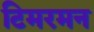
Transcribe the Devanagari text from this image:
टिमरमन